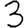
Digit: 3